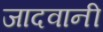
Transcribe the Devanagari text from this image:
जादवानी